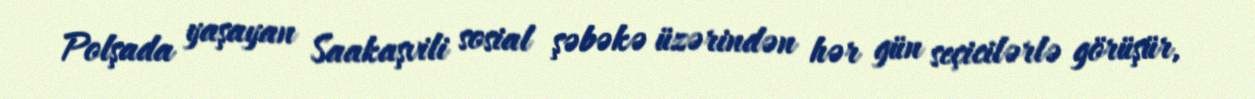
Polşada yaşayan Saakaşvili sosial şəbəkə üzərindən hər gün seçicilərlə görüşür,